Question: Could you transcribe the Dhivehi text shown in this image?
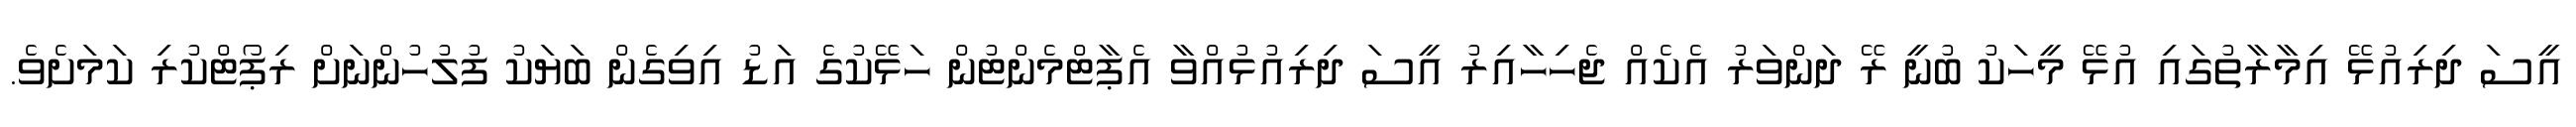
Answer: އީސަ ދިރިއުޅޭ އިމާރާތުގައި އުޅޭ މީހަކު ބުނީ ރޭ ދަންވަރު އެކެއް ޖެހިހާއިރު އީސަ ދިރިއުޅުއްވާ އެޕާޓްމެންޓުން ހަޅޭކުގެ އަޑު އިވިގެން ބަޔަކު ފުލުހުންނަށް ރިޕޯޓްކުރި ކަމަށެވެ.